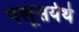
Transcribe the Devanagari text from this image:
पलूसयेथे